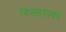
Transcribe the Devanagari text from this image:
विस्तारावर